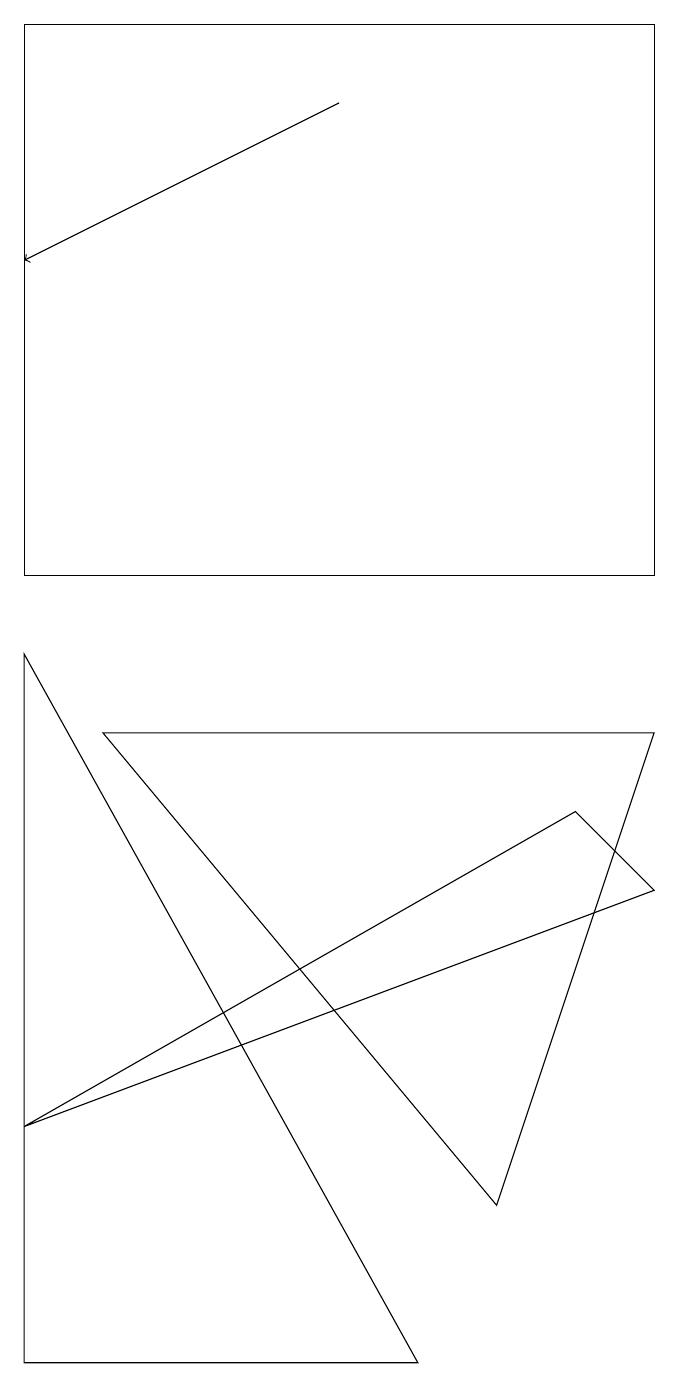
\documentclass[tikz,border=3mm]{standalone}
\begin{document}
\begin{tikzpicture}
\draw (8,10) rectangle (0,17);
\draw (0,9) -- (5,0) -- (0,0) -- cycle;
\draw (8,6) -- (7,7) -- (0,3) -- cycle;
\draw (8,8) -- (6,2) -- (1,8) -- cycle;
\draw[->] (4,16) -- (0,14);
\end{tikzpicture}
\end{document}